Indian journal of veterinary science and animal husbandry - Volumes 22-23, 1952-1953
Year: 1952
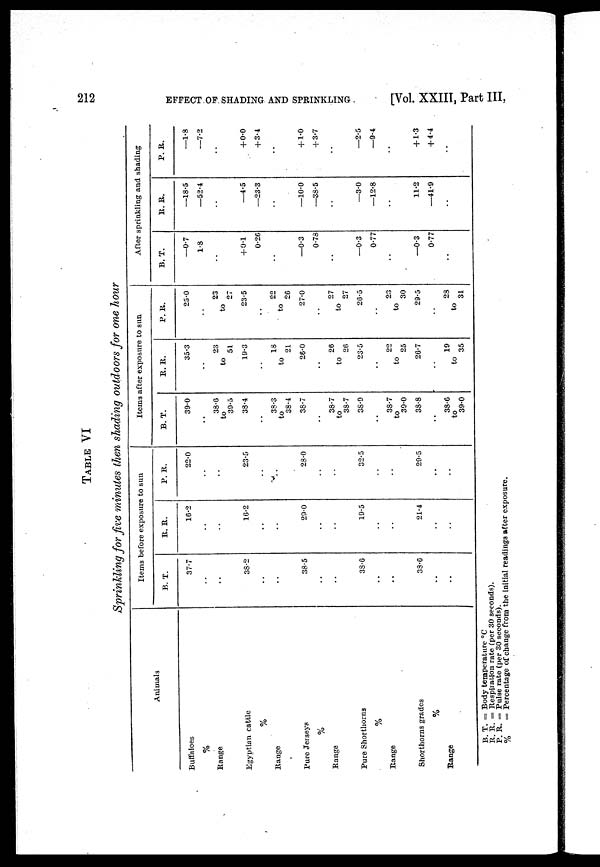
212
EFFECT OF SHADING AND SPRINKLING
[Vol. XXIII, Part III,
TABLE VI
Sprinkling for five minutes then shading outdoors for one hour
Animals
Buffaloes
%
Range
Egyptian cattle
%
Range
Pure Jerseys
%
Range
Pure Shorthorns
%
Range
Shorthorns grades
%
Range
Items before exposure to sun
B. T.
37.7
..
..
38.2
..
..
38.5
..
..
38.6
..
..
38.6
..
..
R. R.
16.2
..
..
16.2
..
..
29.0
..
..
19.5
..
..
21.4
..
..
P. R.
22.0
..
..
23.5
..
..
28.0
..
..
32.5
..
..
29.5
..
..
Items after exposure to sun
B. T.
39.0
..
38.6
to
39.5
38.4
..
38.3
to
38.4
38.7
..
38.7
to
38.7
38.9
..
38.7
to
39.0
38.8
..
38.6
to
39.0
R. R.
35.3
..
23
to
51
19.3
..
18
to
21
26.0
..
26
to
26
23.5
..
22
to
25
26.7
..
19
to
35
P. R.
25.0
..
23
to
27
23.5
..
22
to
26
27.0
..
27
to
27
26.5
..
23
to
30
29.5
..
23
to
31
After sprinkling and shading
B. T.
—0.7
1.8
..
+ 0.1
0.26
..
—0.3
0.78
..
—0.3
0.77
..
—0.3
0.77
..
R. R.
—18.5
—52.4
..
—4.5
—23.3
..
—10.0
—38.5
..
—3.0
—12.8
..
11.2
—41.9
..
P. R.
—1.8
—7.2
..
+ 0.0
+ 3.4
..
+ 1.0
+3.7
..
—2.5
—9.4
..
+ 1.3
+4.4
..
B. T. = Body temperature °C
R. R. = Respiration rate (per 30 seconds).
P. R. = Pulse rate (per 30 seconds).
%
= Percentage of change from the initial readings after exposure.